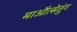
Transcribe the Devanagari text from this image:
माऔत्सेतुंग